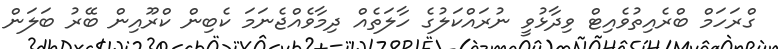
ގްރަހަމް ބްރެއިތުވެއިޓް ވިދާޅުވީ ނުރައްކަލުގެ ހާލަތެއް ދިމާވެއްޖެނަމަ ކެބިން ކްރޫއިން ބޭރު ބަލަން